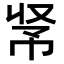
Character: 𢂭